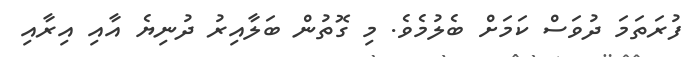
ފުރަތަމަ ދުވަސް ކަމަށް ބެލުމެވެ. މި ގޮތުން ބަލާއިރު ދުނިޔެ އާއި އިރާއި